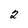
Character: 2